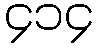
၄၁၄